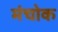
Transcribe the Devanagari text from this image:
मंचोक